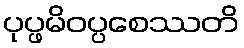
ပုပ္ဖမိဝပ္ပစေဿတိ